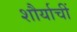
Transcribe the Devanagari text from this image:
शौर्याचीं